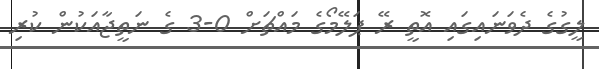
ލީގުގެ ދެވަނައިގައި އޮތީ ރޭ ޕަލޭމޯގެ މައްޗަށް 0-3 ގެ ނަތީޖާއަކުން ކުރި